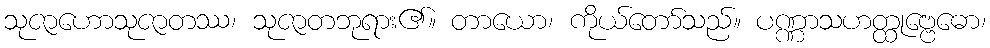
သုဇာဟောသုဇာတဿ၊ သုဇာတဘုရား၏။ တာယော၊ ကိုယ်တော်သည်။ ပဏ္ဏာသဟတ္ထုဗ္ဗေဓော၊